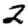
Digit: 2